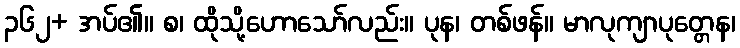
၃၆၂+ အပ်၏။ စ၊ ထိုသို့ဟောသော်လည်း။ ပုန၊ တစ်ဖန်။ မာလုကျာပုတ္တေန၊